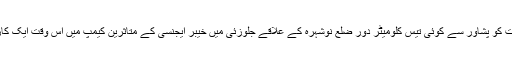
جلوزئی کمیپ میں موجود ایک پولیس افسر شکیل احمد نے بی بی سی کو بتایا کہ جمعرات کو پشاور سے کوئی تیس کلومیٹر دور ضلع نوشہرہ کے علاقے جلوزئی میں خیبر ایجنسی کے متاثرین کیمپ میں اس وقت ایک کار بم دھماکہ ہوا جب وہاں ایک غیر سرکاری تنظیم متاثرین میں راشن تقسیم کر رہی تھی۔